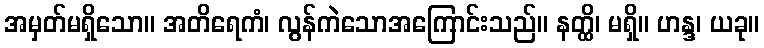
အမှတ်မရှိသော။ အတိရေကံ၊ လွန်ကဲသောအကြောင်းသည်။ နတ္ထိ၊ မရှိ။ ဟန္ဒ၊ ယခု။